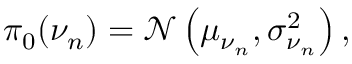
\begin{array} { r } { \pi _ { 0 } ( \nu _ { n } ) = \mathcal { N } \left( \mu _ { \nu _ { n } } , \sigma _ { \nu _ { n } } ^ { 2 } \right) , } \end{array}